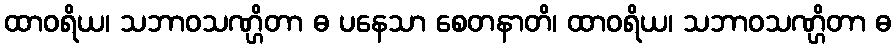
ထာဝရိယ၊ သဘာဝသဏ္ဌိတာ ဓ ပနေသာ စေတနာတိ၊ ထာဝရိယ၊ သဘာဝသဏ္ဌိတာ ဓ